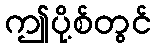
ဤပို့စ်တွင်